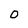
Character: 0